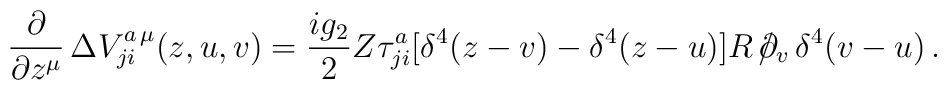
\frac{\partial}{\partial z^\mu}\,\Delta V^{a\,\mu}_{ji}(z,u,v)=\frac{ig_2}{2}Z\tau^a_{ji}[\delta^4(z-v)-\delta^4(z-u)]R\, /\hspace{-2mm}\partial_v\,\delta^4(v-u) \, .